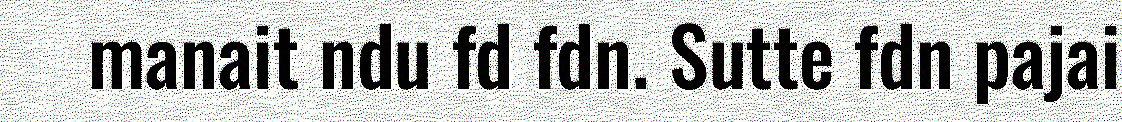
manait ndu fd fdn. Sutte fdn pajai